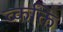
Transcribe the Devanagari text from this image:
व्कक्ति